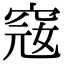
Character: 窛